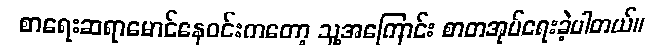
စာရေးဆရာမောင်နေဝင်းကတော့ သူ့အကြောင်း စာတအုပ်ရေးခဲ့ပါတယ်။